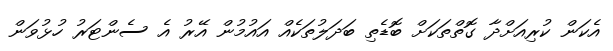
އެކަން ކުރިއަށްދާ ގޮތްތަކަށް ބޮޑެތި ބަދަލުތަކެއް އައުމުން އޭރު އެ ސެންޓަރު ހުޅުވަން